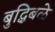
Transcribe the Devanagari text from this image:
बुद्धिबळे